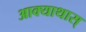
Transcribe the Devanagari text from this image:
आक्याथास्